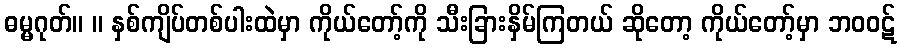
ဓမ္မဂုတ်။ ။ နှစ်ကျိပ်တစ်ပါးထဲမှာ ကိုယ်တော့်ကို သီးခြားနှိမ်ကြတယ် ဆိုတော့ ကိုယ်တော့်မှာ ဘဝဝဋ်